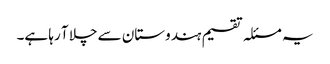
یہ مسئلہ تقسیم ہندوستان سے چلا آ رہا ہے۔